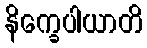
နိက္ခေပါယာတိ